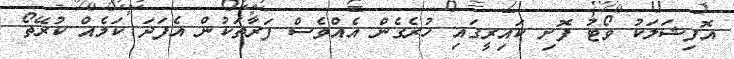
އޮފިޝަލަކު ވޯޓު ފޮށި ކައިރީގައި ހުރެގެން އެއްވެސް ފަރާތަކުން އެފަދަ ކަމެއް ކުރޭތޯ